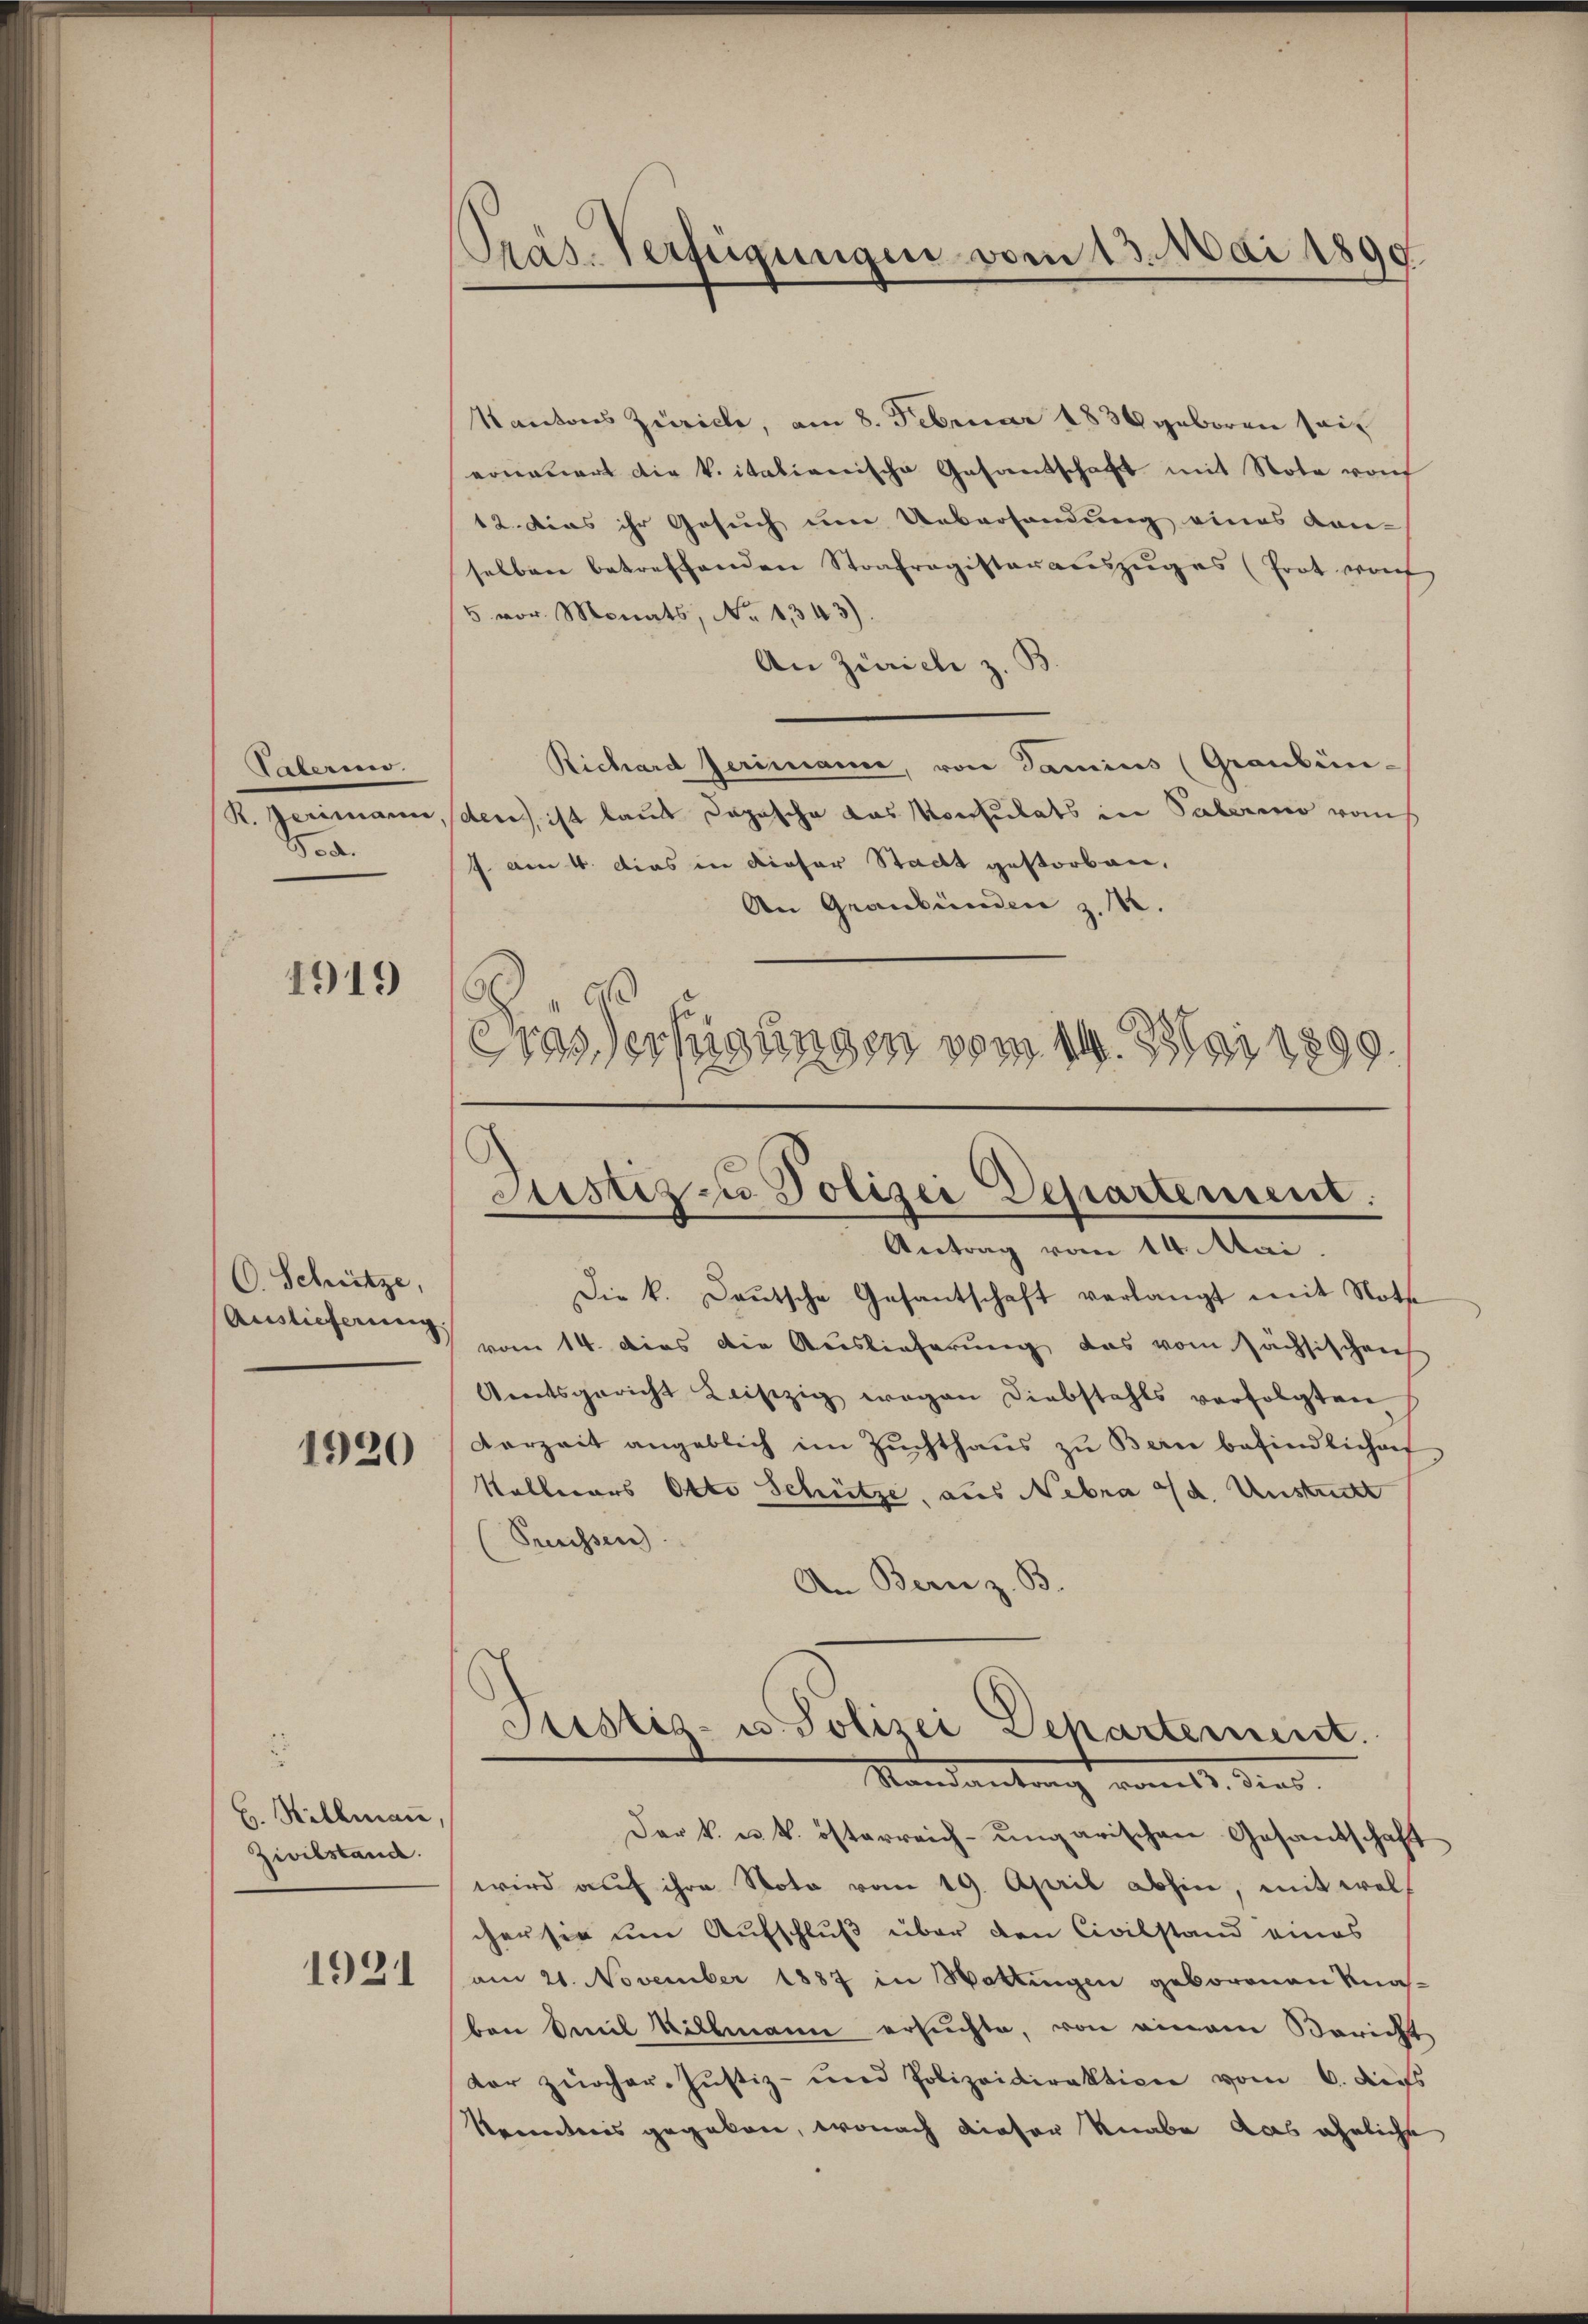
Palerin.
.d.

1919

C. Schütze,
Auslieferung

1920

C. Sillmann,
Zivilstand.

1921

Kantons Zürich, am 8. Februar 1836 geboren seierneuert die k. italienische Gesandschaft mit Note von
12. dies ihr Gesuch um Uebersandung eines Kanselben betreffenden Strafregisterauszuges (Trat wah
 vor. Monats, No 1343).
An Zürich z. B.
Richard Zerimann, von Gamins (Graubün-
R. Gerimann, den ist laut Depesche das Konsulats in Paterio raus
f am 4. Das in dieser Stadt gestorben,
An Graubünden z. 142.
.
Das Verfügungen vom 14. Mai 1899

Präs. Verfügungen vom 13. Mai 1890.

Justiz- u Polizei Departement.
Antrag vom 14. Mai.

Die k. Laŭtsche Gesantschaft verlangt mit Noth
vom 14. dies die Auslieferung das vom Sächsischenh
Amtsgericht Leiszig wegen Diebstahls verfolgten
Verzeit angeblich im Zŭchthaŭs zŭ Bern befindlichen
Kallerars Otto Schütze, aus Nebra d. Unstrukt
(Pressen):
An Bern z. B.
Puistis- u. Polizei Departement.
Mandantrag ratt. dies
Der k. u. k. österreich-ungarischen Gesandschaft
u
wird auf ihre Noto vom 19. April abhin, mit welcher sie um Aufschluß über den Civilstand eines
am 21. November 1887 in Wattingen geborenen Knas-
bon Emil Villmann ersuchte, von einem Bericht
dor zeicher-Justiz- und Polizeidirektion vom 6. des
Kenntnis gegeben, wonach dieser Knabe das ähnliche